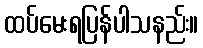
ထပ်မေးရပြန်ပါသနည်း။